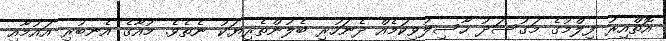
އޮތްއިރު ފިލްމުގެ މަގުސަދު ހާސިލުވިކަމެއް ދެނަހުރި ބެލުންތެރިޔަކު ނެތެވެ. މުއާގެ އެނބުރި އައުމާއި